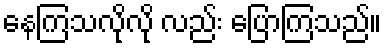
နေကြသလိုလို လည်း ပြောကြသည်။